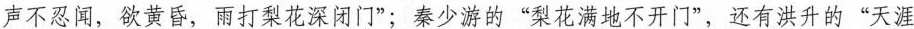
声不忍闻，欲黄昏，雨打梨花深闭门”；秦少游的”梨花满地不开门”，还有洪升的”天涯